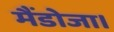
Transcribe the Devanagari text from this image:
मैंडोजा।